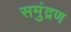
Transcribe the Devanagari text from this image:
समुंद्रण